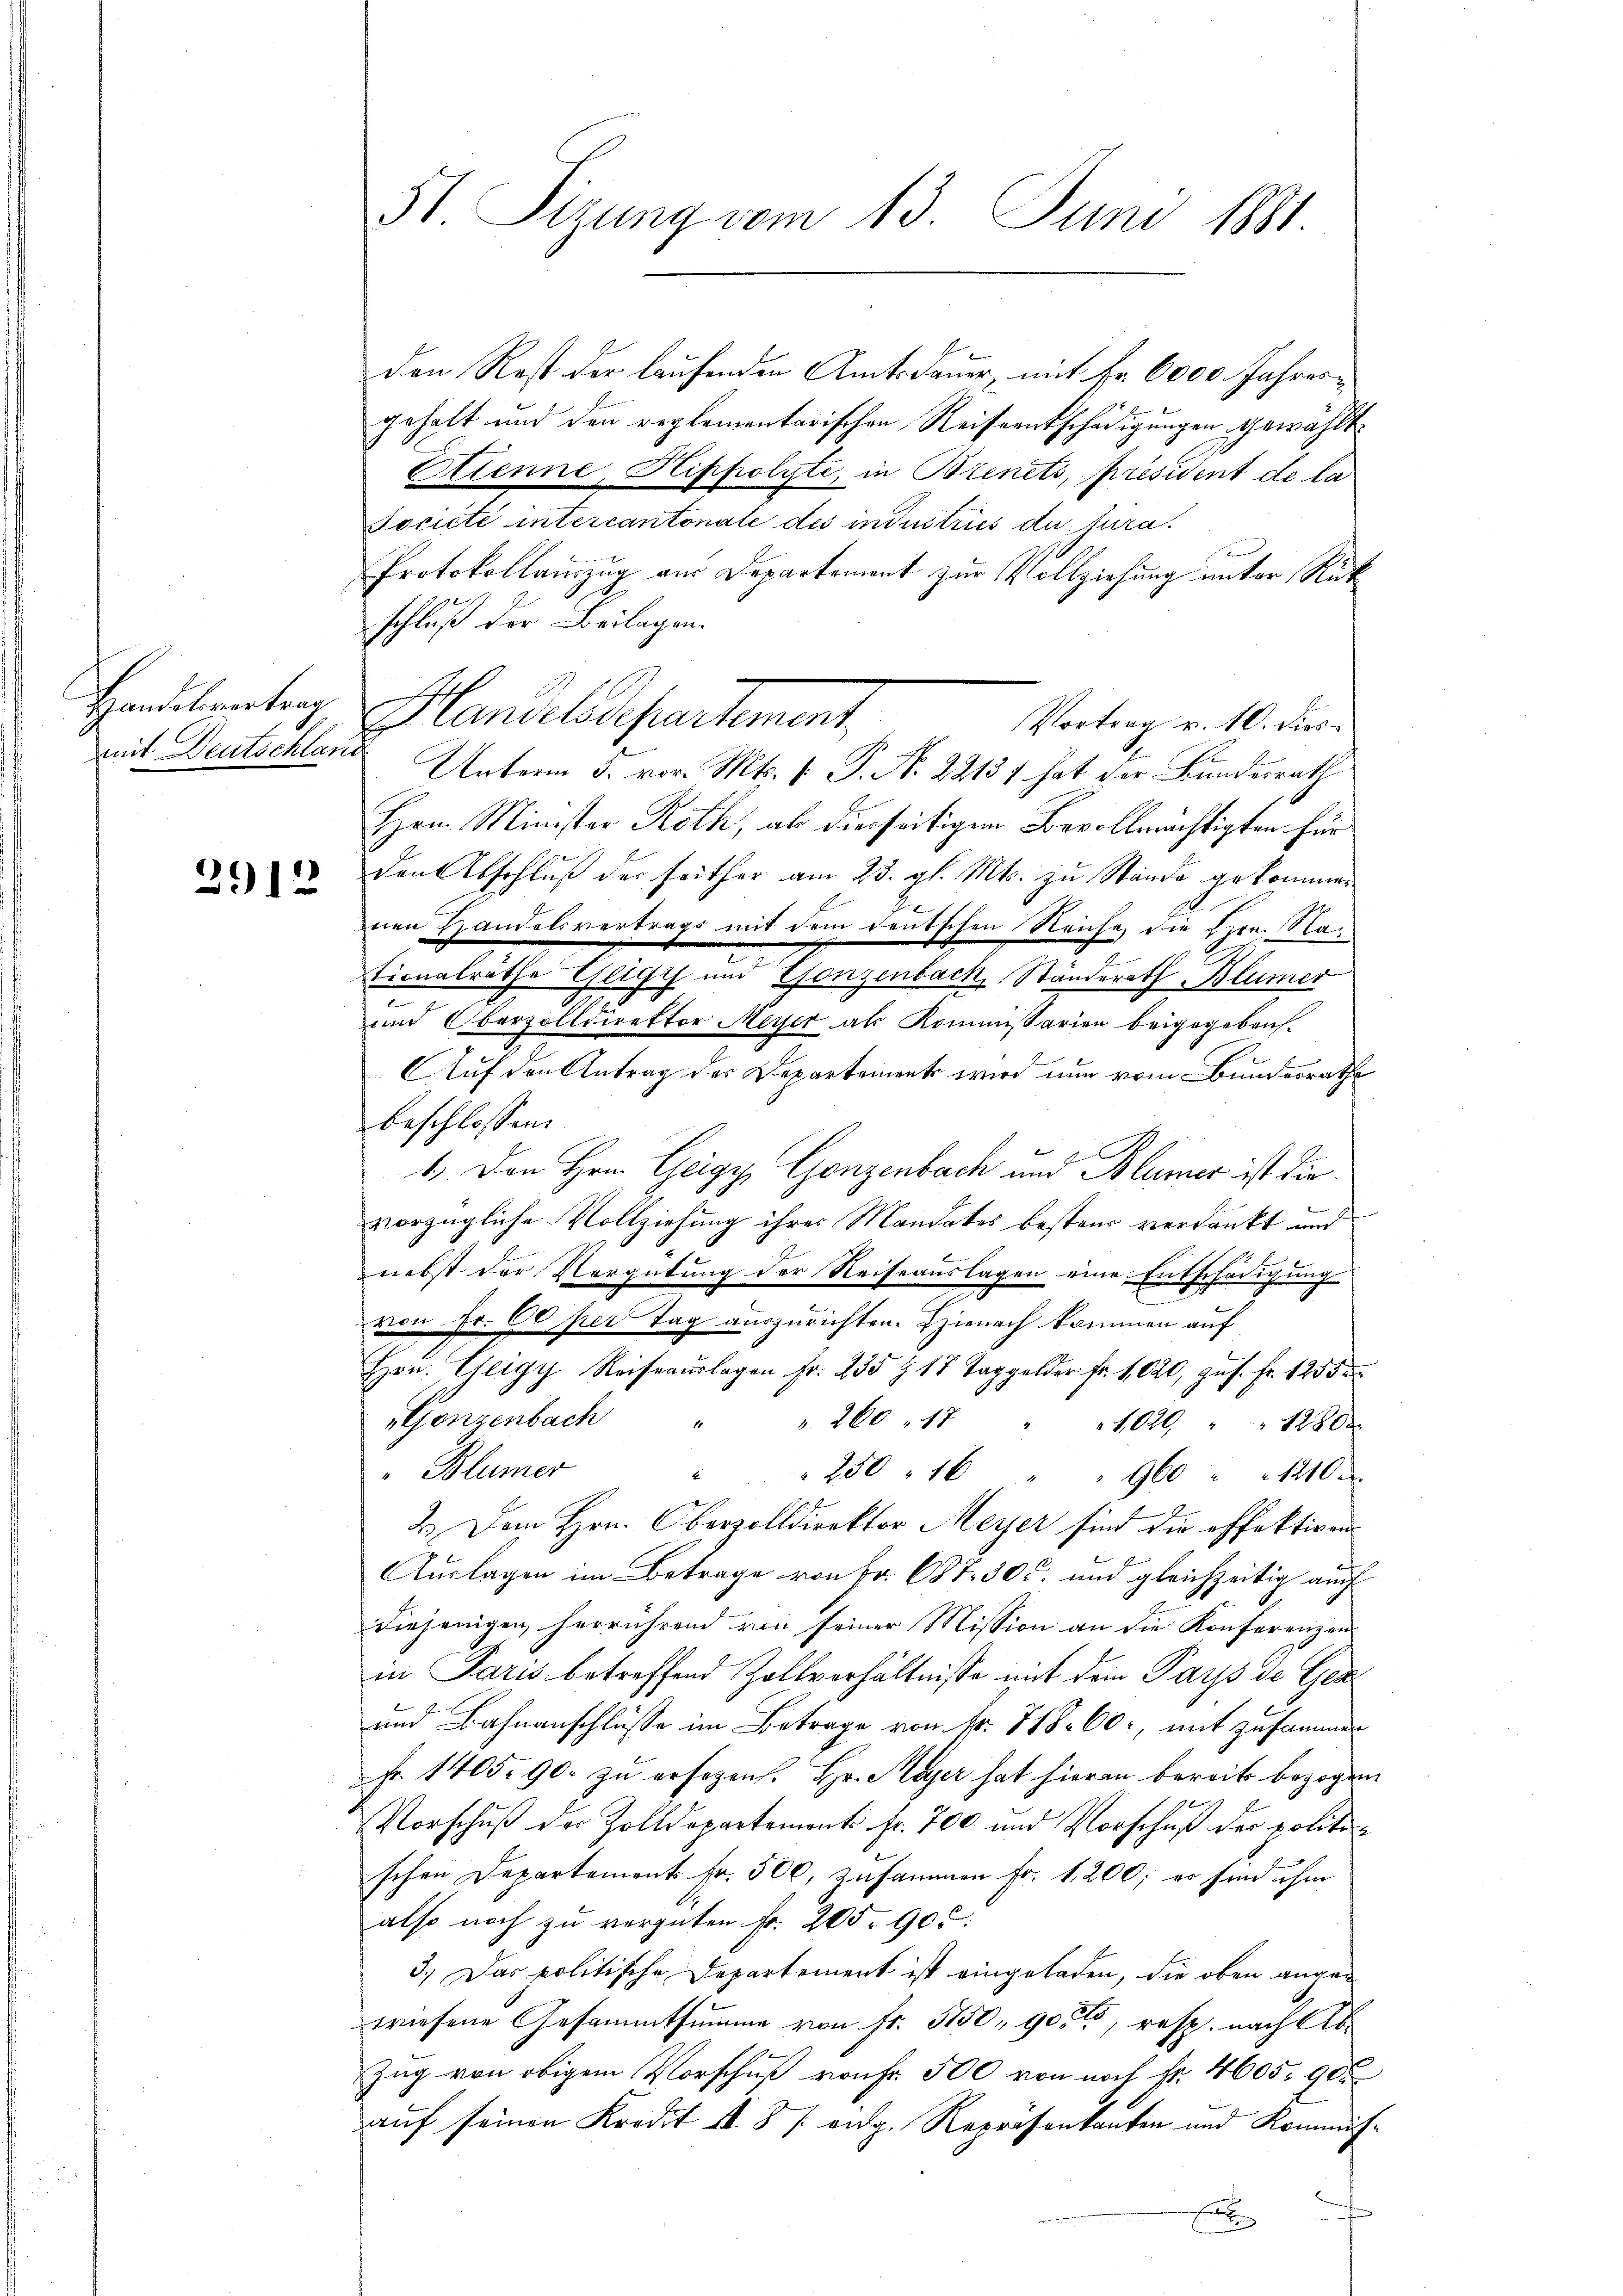
Handesvertrag
mit Deutschland

2912

51. Sizung vom 13. Juni 1881.

den Rest der laufenden Amtsdauer, mit Fr. 6000 Jahresgehalt und den reglementarischen Reiseentschädigungen gewählt.
Etienne, Hippolyte, in Bienets, Präsident de la
Societe intercantonale des industries du jura¬
Protokollauszug aus Departement zur Vollziehung unter Rückschluß der Beilagen.
Handelssepartement,
Vortrag u. 10. dies
Unterm 5. vor. Mts. v. P. N. 22131 hat der Bundesrath
Hrn. Minister Roth, als diesseitigen Bevollmächtigten für
den Abschluß der seither am 23. gl. Mts. zu Stände gekommen
J
nen Handelsvertrags mit dem deutschen Reiche die Hrn. Nantionalräthe Gligy und Gonzenbach, Ständerath Blümer
und Oberzolldirektor Meyer als Kommissarien beigegebens.
AAuf den Antrag der Departement wird nun vom Bundesrathe
beschlossen:
1.) Den Hrn. Geigy, Ganzenbach und Blumer ist die
vorzügliche Vollziehung ihres Mandates bestens verdankt und
nebst der Vergütung der Reiseauslagen eine Entschädigung
von Fr. 60 per Tag auszurichten. Hienach kommen auf
Hrn. Geigy Reiseaŭslagen Fr. 235 Z 14 Taggelder Fr. 1020, zus. Fr. 1255
Gonzenbach
260, 17
1,020 " 1280 x
Blümer
250 16 " " 960 " " 1210
2.) Dem Hrn. Oberzolldirektor Meyer sind die effektiven
Auslagen im Betrage von Fr. 687. 30. und gleichzeitig auch
diejenigen herrührend von seiner Mission an die Konferenzen
in Paris betreffend Zollverhältnisse mit dem Parps de Ger
und Bahnanschlüsse im Betrage von fr. 718. 60, mit zusammen
Fr. 1405. 90. zu ersezens. Hr. Hager hat hieran bereits bezogen
Vorschuß der Zolldepartement Fr. 700. und Vorschuß der politischen Departement Fr. 500, zusammen fr. 1, 200; er sind ihne
also noch zu vergüten Fr. 205. 905.
3.) Das politische Departement ist eingeladen, die oben angewiesene Gesammtsumme von Fr. 5150, 90, resp. nach Ab¬
Zug von obigem Vorschuß von Fr. 500 von noch Fr. 4605. 90
auf seinen Kredit a 8 / aug. Repräsentanten und Kommisnchale